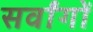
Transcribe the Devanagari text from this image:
सर्वांगों